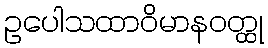
ဥပေါသထာဝိမာနဝတ္ထု